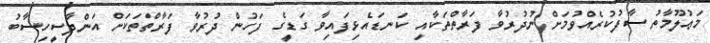
މަޢުލޫމާތު ސާފުކުރެއްވުމަށް ނުދުރުވާ ފަރާތްތަކާއި ކަނޑައެޅިފައިވާ ގަޑީގެ ފަހުން ދުރުވާ ފަރާތްތަކަށް އަންދާސީހިސާބު